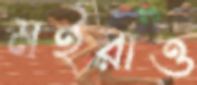
মইরাও